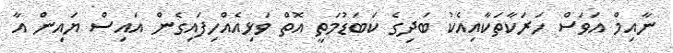
ނާއިމް އަވަސް ހަރަކާތަކާއިއެކު ބަދިގެ ކަބަޑުމަތީ އޮތް ވަޅިއެއްހިފައިގެން އައިސް ޔައިން އާ